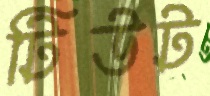
টিউট